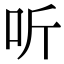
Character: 听